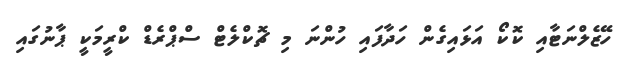
ހޭޒެލްނަޓާއި ކޮކޯ އަޅައިގެން ހަދާފައި ހުންނަ މި ޗޮކްލެޓް ސްޕްރެޑް ކްރީމަކީ ޕާނުގައި